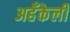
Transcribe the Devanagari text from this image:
अहँकेली